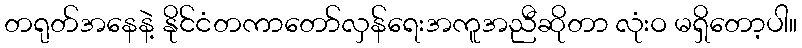
တရုတ်အနေနဲ့ နိုင်ငံတကာတော်လှန်ရေးအကူအညီဆိုတာ လုံးဝ မရှိတော့ပါ။